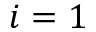
i = 1